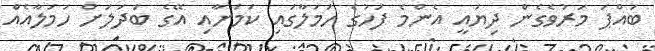
ބައްޕަ މަރުވެގެން ދިޔައީ އެންމެ ފަހުގެ ހަމަލާގައި ކަމަށާއި އޭގެ ބަދަލަށް ހަމަލާއެއް